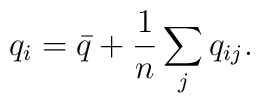
q_i={\bar q}+\frac{1}{n}\sum_jq_{ij}.